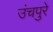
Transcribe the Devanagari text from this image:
उंचपुरे